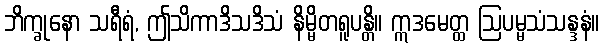
ဘိက္ခုနော သရီရံ, ဤသိကာဒိသဒိသံ နိမ္မိတရူပန္တိ။ ဣဒမေတ္ထ ဩပမ္မသံသန္ဒနံ။